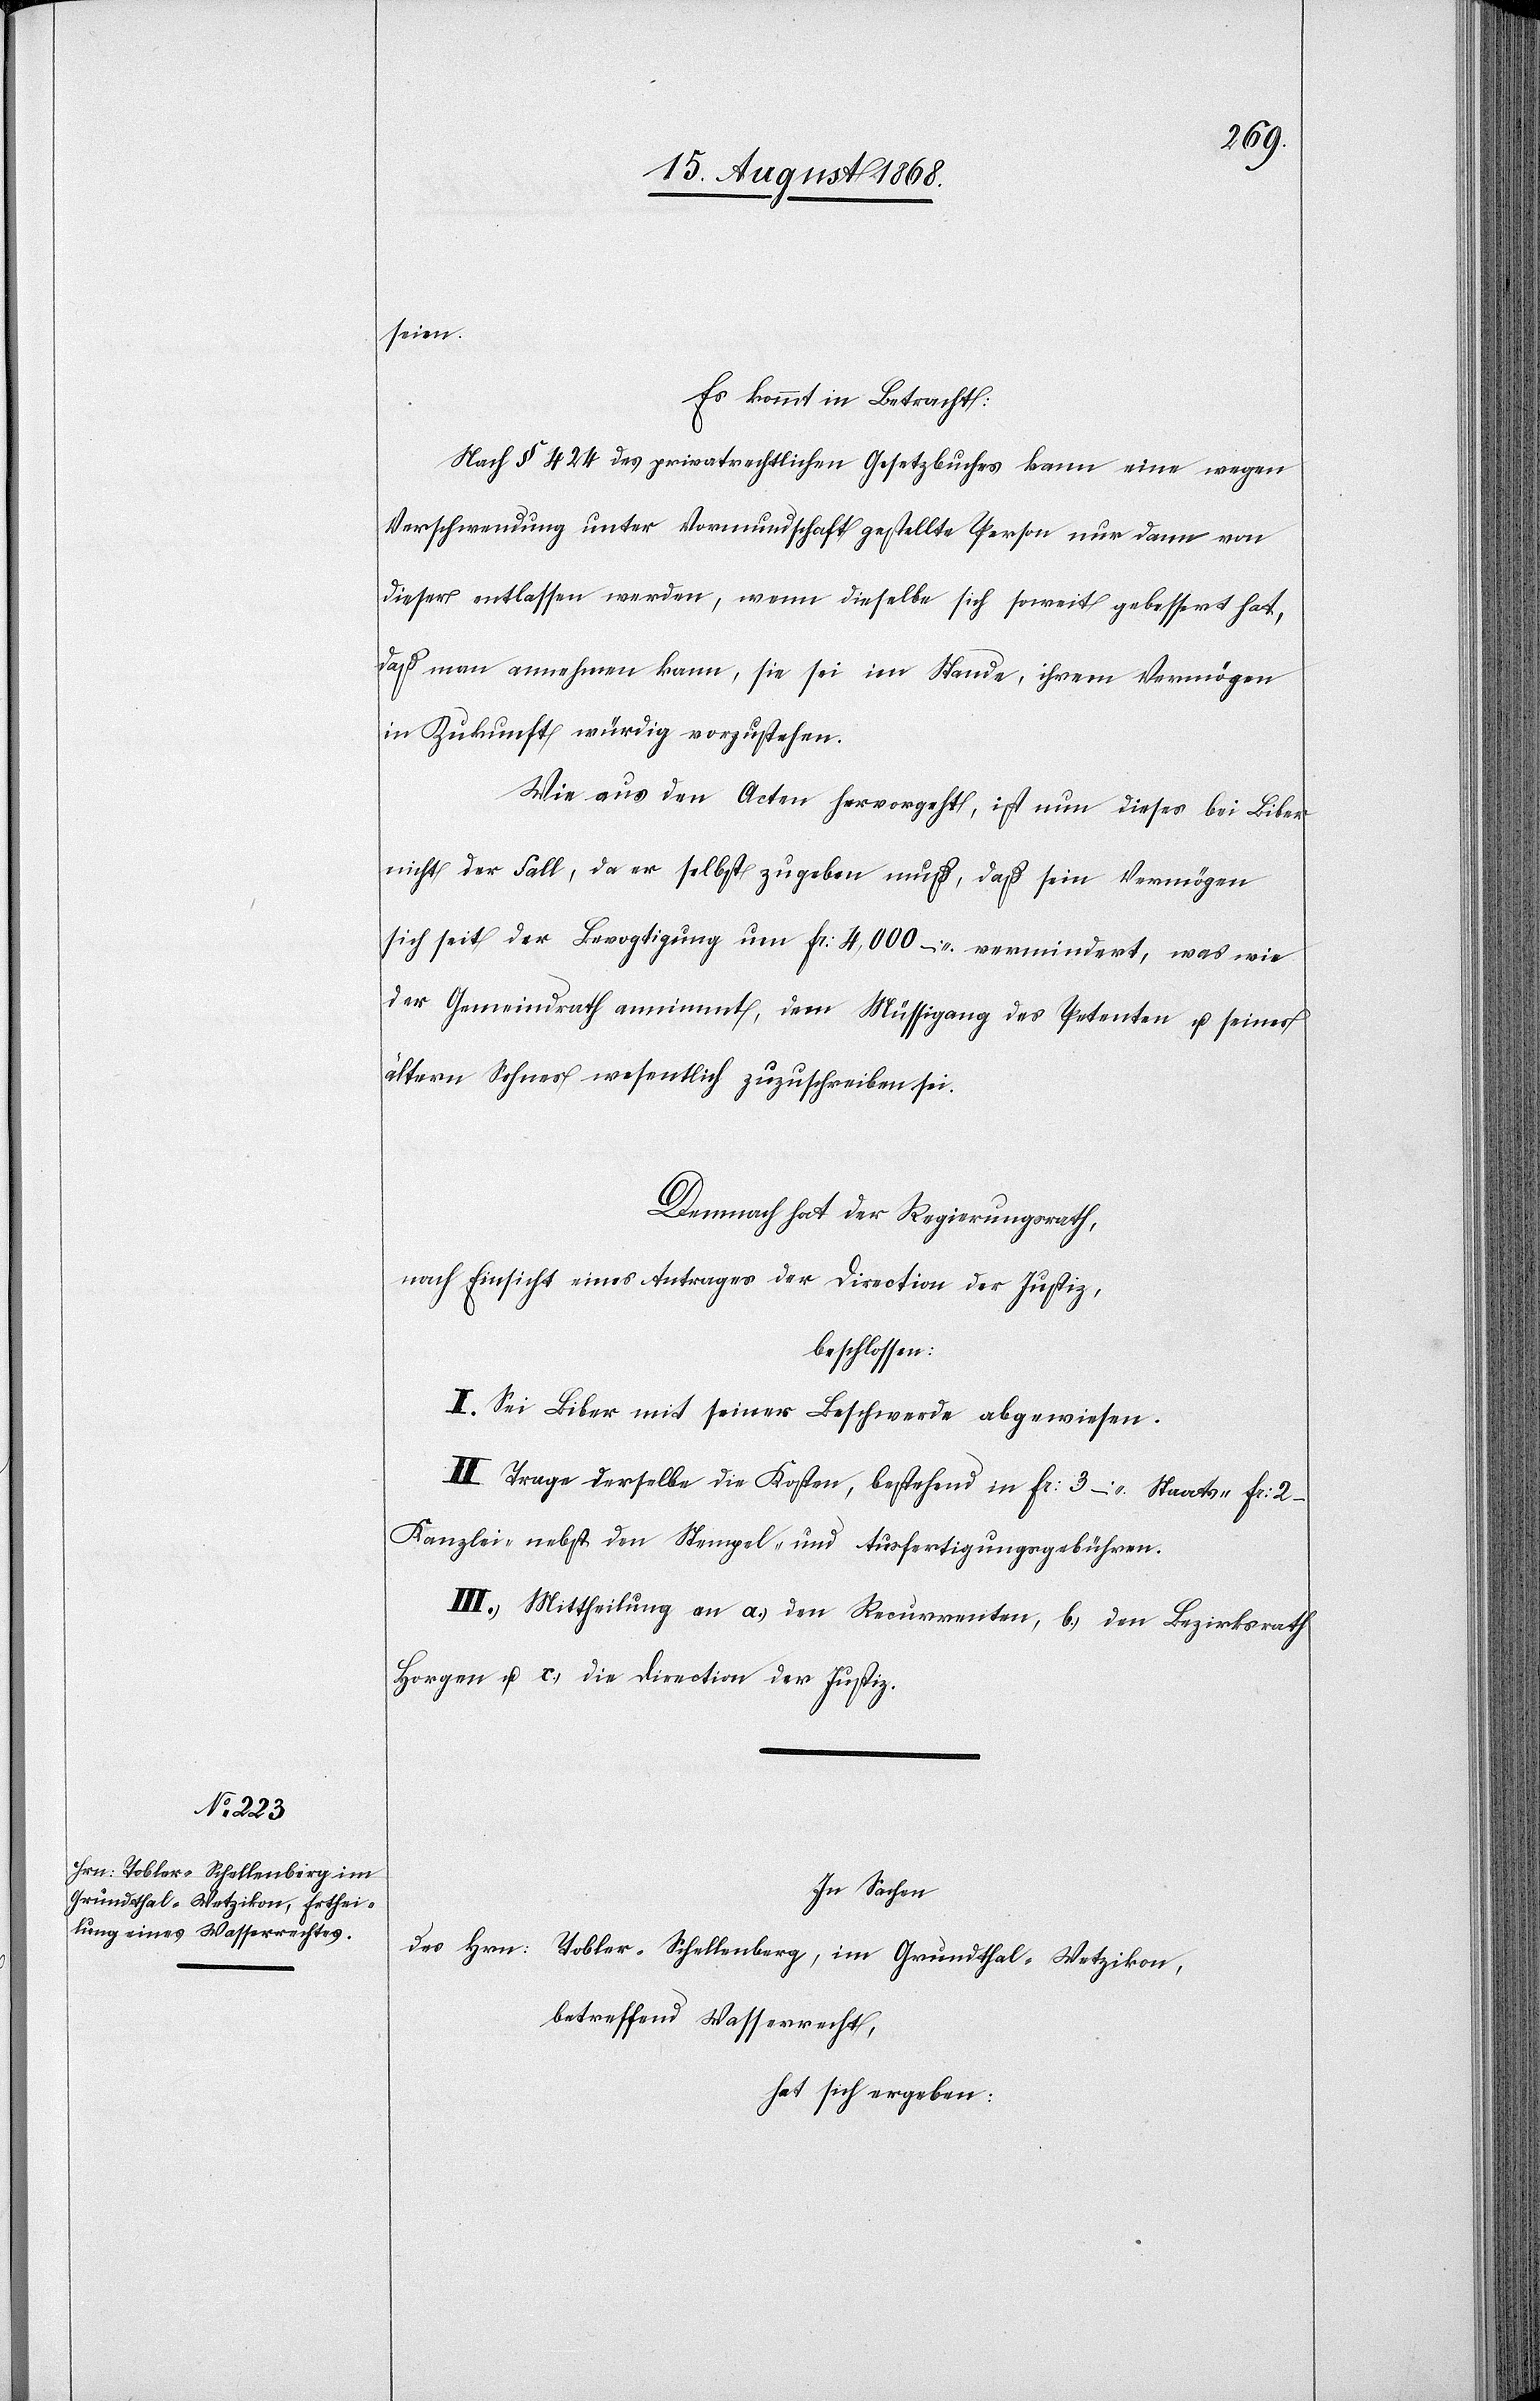
seien.
Es kommt in Betracht:
Nach § 424 des privatrechtlichen Gesetzbuches kann eine wegen
Verschwendung unter Vormundschaft gestellte Person nur dann von
dieser entlassen werden, wenn dieselbe sich soweit gebessert hat,
daß man annehmen kann, sie sei im Stande, ihrem Vermögen
in Zukunft würdig vorzustehen.
Wie aus den Acten hervorgeht, ist nun dieses bei Biber
nicht der Fall, da er selbst zugeben muß, daß sein Vermögen
sich seit der Bevogtigung um Fr: 4,000 – vermindert, was wie
der Gemeindrath annimmt, dem Müssig[g]ang des Petenten u. seines
ältern Sohnes wesentlich zuzuschreiben sei.
Demnach hat der Regierungsrath,
nach Einsicht eines Antrages der Direction der Justiz,
beschlossen:
I. Sei Biber mit seiner Beschwerde abgewiesen.
II. Trage derselbe die Kosten, bestehend in Fr: 3 – Staats-[,] Fr:
Kanzlei-[,] nebst den Stempel- und Ausfertigungsgebühren.
III. Mittheilung an a.) den Recurrenten, b.) den Bezirksrath
Horgen u. c.) die Direction der Justiz.
In Sachen
des Hrn: Tobler-Schellenberg, im Grundthal - Wetzikon,
betreffend Wasserrecht,
hat sich ergeben: